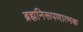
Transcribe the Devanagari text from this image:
ब्रह्मनिरूपणात्मक